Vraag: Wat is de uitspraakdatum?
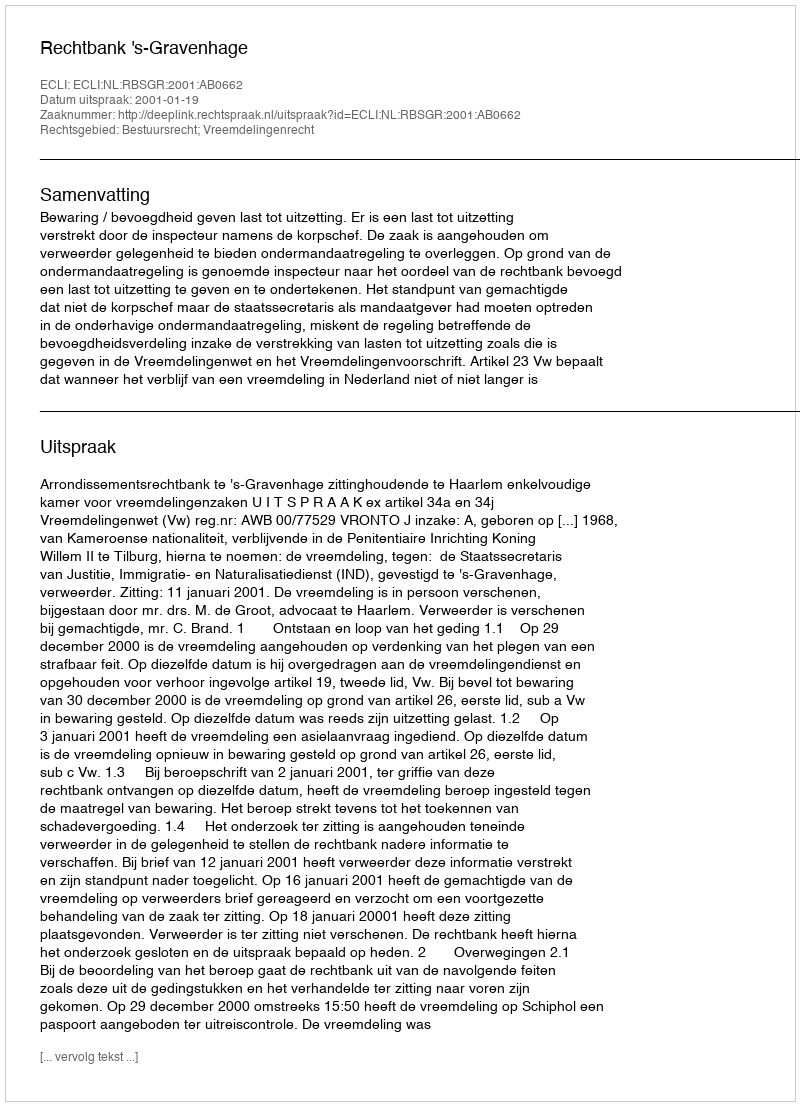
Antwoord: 2001-01-19